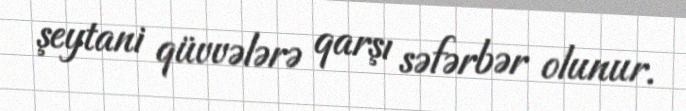
şeytani qüvvələrə qarşı səfərbər olunur.